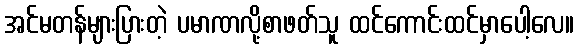
အင်မတန်များပြားတဲ့ ပမာဏလို့စာဖတ်သူ ထင်ကောင်းထင်မှာပေါ့လေ။